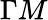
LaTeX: \Gamma M